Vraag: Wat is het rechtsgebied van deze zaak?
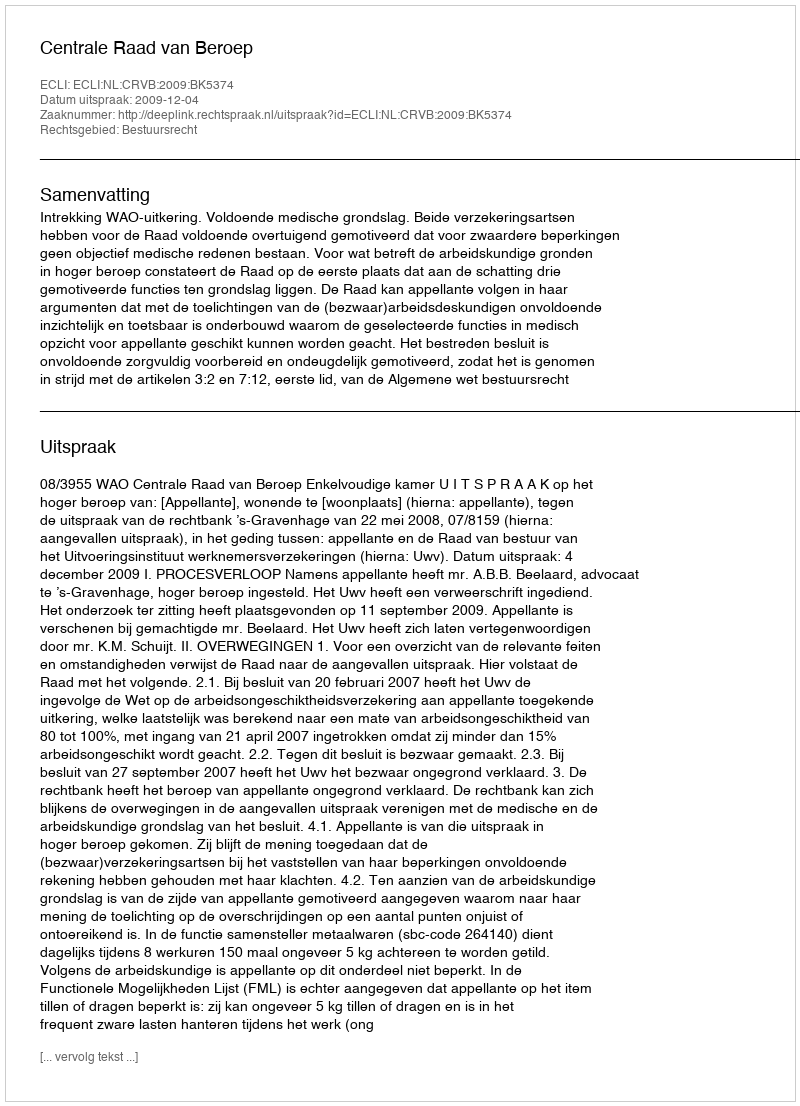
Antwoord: Bestuursrecht